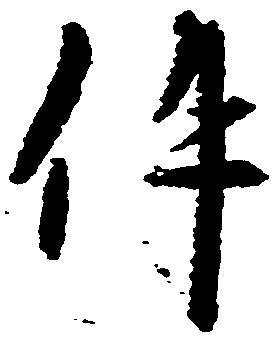
件